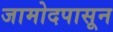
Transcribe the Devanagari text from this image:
जामोदपासून